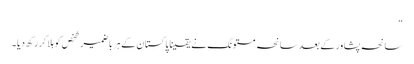
“
سانحہ پشاور کے بعد سانحہ مستونگ نے یقینا پاکستان کے ہر باضمیر شخص کو ہلا کر رکھ دیا ۔